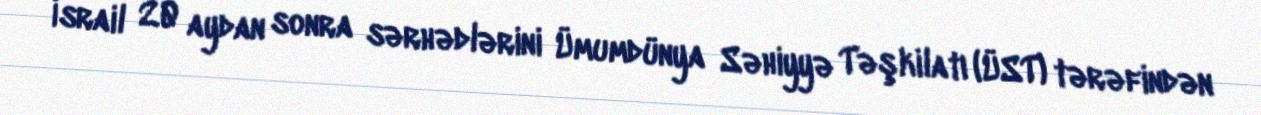
İsrail 20 aydan sonra sərhədlərini Ümumdünya Səhiyyə Təşkilatı (ÜST) tərəfindən